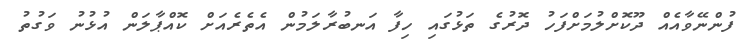
ފުންނޭވާއެއް ދޫކޮށްލުމަށްފަހު ދޮރުގެ ތަޅުގައި ހިފާ އަނބުރާލަމުން އެތެރެއަށް ކޮއްޕާލަން އުޅުނު ވަގުތު